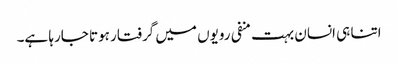
اتنا ہی انسان بہت منفی رویوں میں گرفتار ہوتا جارہا ہے۔